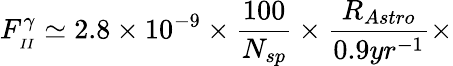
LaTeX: F_{_{II}}^{\gamma}\simeq 2.8\times 10^{-9}\times\frac{100}{N_{sp}}\times\frac{R_{Astro}}{0.9yr^{-1}}\times